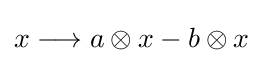
x\longrightarrow a\otimes x-b\otimes x